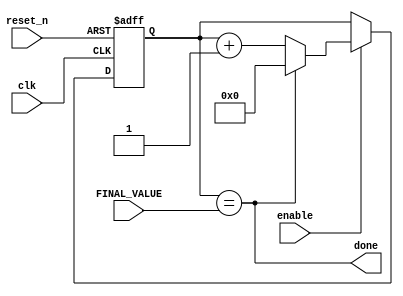
module timer_input
    #(parameter BITS = 8)(
    input clk,
    input reset_n,
    input enable,
    input [BITS - 1:0] FINAL_VALUE,
//    output [BITS - 1:0] Q,
    output done
    );
    
    reg [BITS - 1:0] Q_reg, Q_next;
    
    always @(posedge clk, negedge reset_n)
    begin
        if (~reset_n)
            Q_reg <= 'b0;
        else if(enable)
            Q_reg <= Q_next;
        else
            Q_reg <= Q_reg;
    end
    
    // Next state logic
    assign done = Q_reg == FINAL_VALUE;
    
    always @(*)
        Q_next = done ? 'b0 : Q_reg + 1;
    
endmodule